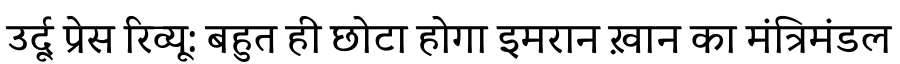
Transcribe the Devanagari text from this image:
उर्दू प्रेस रिव्यू: बहुत ही छोटा होगा इमरान ख़ान का मंत्रिमंडल